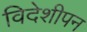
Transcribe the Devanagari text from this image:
विदेशीपन